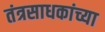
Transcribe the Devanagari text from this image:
तंत्रसाधकांच्या